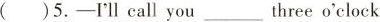
( )5.—I'll call you___three o'clock